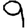
Digit: 9